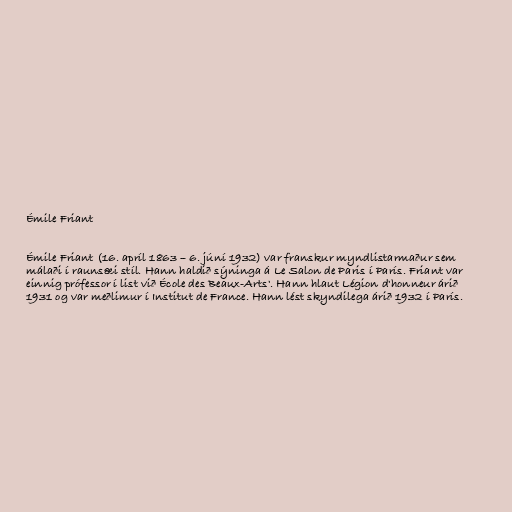
Émile Friant

Émile Friant (16. apríl 1863 – 6. júní 1932) var franskur myndlistarmaður sem
málaði í raunsæi stíl. Hann haldið sýninga á Le Salon de Paris í París. Friant var
einnig prófessor í list við École des Beaux-Arts'. Hann hlaut Légion d'honneur árið
1931 og var meðlimur í Institut de France. Hann lést skyndilega árið 1932 í París.